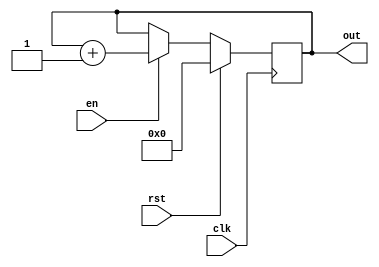
///////////////////////////////////////////////////////////////
//	This program is for a 4-bit 			------
//	Requirements:					------
//	4-bit synchronous up counter.			------
//	Active high, synchronous reset.			------
//	Active high enable.				------
///////////////////////////////////////////////////////////////

module counter4b( clk,rst,en,out);
input clk,rst,en;
output [3:0] out;
wire clk, rst,en;
reg [3:0] out;

always@(posedge clk)
begin
	if(rst == 1'b1)
	begin
		out <= 4'b0000;
	end
	else if (en == 1'b1)
	begin
		out <= out + 4'b0001;
	end
end
endmodule
////////////// Test bench to for the counter	///////////////

module tb_counter4b();
reg clk,rst,en;
wire [3:0] outtb;

// Initialise the input signals
initial
begin
	clk<=1'b0;
	rst<=1'b0;
	en<=1'b0;
end

// Instantiation of the Counter4b module

counter4b c1(.clk(clk), .rst(rst), .en(en), .out(outtb));

// Clock signal every 10ns

always #10 clk = ~clk;

// Stimulus for checking the working of counter

initial
begin
	#5 rst <= 1;
	#10 en <= 1;
	
	#10 rst <= 0;
	#10 en <= 1;

	#100 en <= 0;

	#10 rst <= 1;
end
endmodule